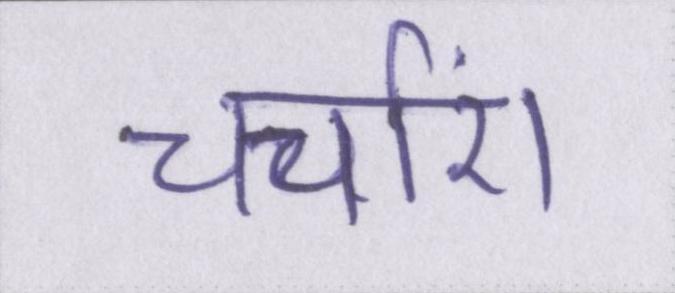
चर्चाएं